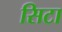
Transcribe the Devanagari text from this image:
सिटा